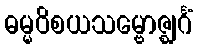
ဓမ္မဝိစယသမ္ဗောဇ္ဈင်္ဂံ